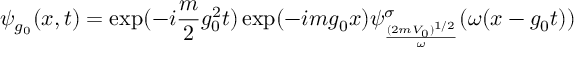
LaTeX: \psi _ { g _ { 0 } } ( x , t ) = \exp ( - i \frac { m } { 2 } g _ { 0 } ^ { 2 } t ) \exp ( - i m g _ { 0 } x ) \psi _ { \frac { ( 2 m V _ { 0 } ) ^ { 1 / 2 } } { \omega } } ^ { \sigma } ( \omega ( x - g _ { 0 } t ) )